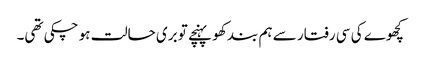
کچھوے کی سی رفتار سے ہم بند کھو پہنچے تو بری حالت ہو چکی تھی۔